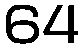
64